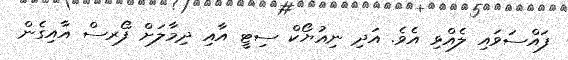
ފައްސަވައި ލެއްވި އެވެ. އަދި ނިއުޔޯކް ސިޓީ އާއި ދިމާލަށް ފޯރސް އާއިގެން